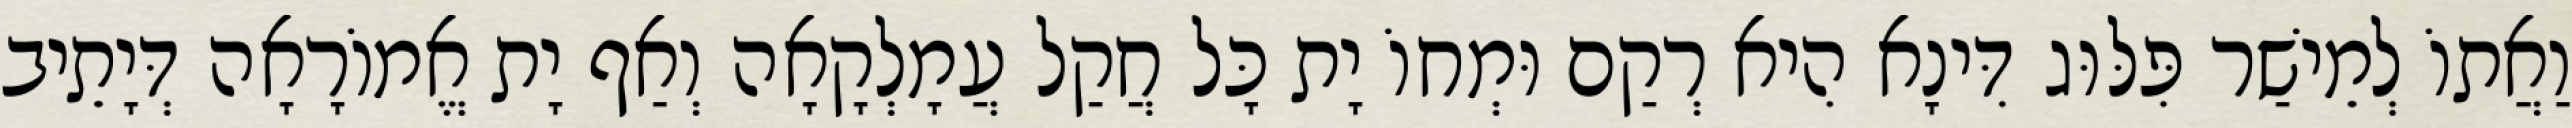
וַאֲתוֹ לְמֵישַׁר פִּלּוּג דִּינָא הִיא רְקַם וּמְחוֹ יָת כָּל חֲקַל עֲמָלְקָאָה וְאַף יָת אֱמוֹרָאָה דְּיָתֵיב